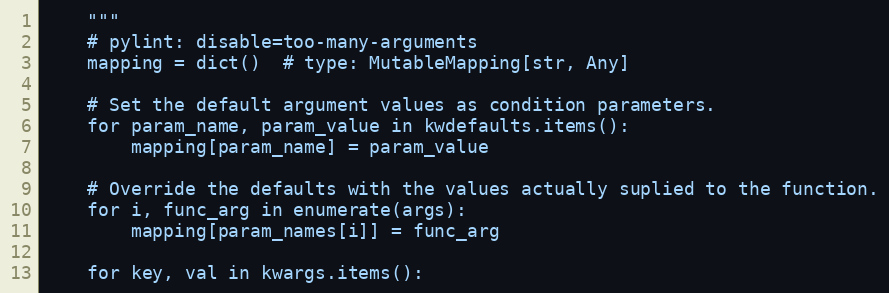
Language: Python
    """
    # pylint: disable=too-many-arguments
    mapping = dict()  # type: MutableMapping[str, Any]

    # Set the default argument values as condition parameters.
    for param_name, param_value in kwdefaults.items():
        mapping[param_name] = param_value

    # Override the defaults with the values actually suplied to the function.
    for i, func_arg in enumerate(args):
        mapping[param_names[i]] = func_arg

    for key, val in kwargs.items():